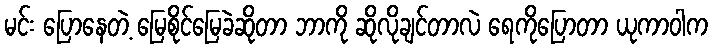
မင်း ပြောနေတဲ့ မြေစိုင်မြေခဲဆိုတာ ဘာကို ဆိုလိုချင်တာလဲ ရေကိုပြောတာ ယုကာဝါက